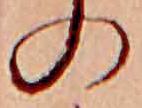
の